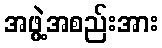
အဖွဲ့အစည်းအား